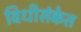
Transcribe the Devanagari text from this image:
विधीसंकेत